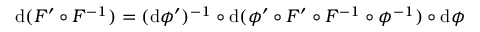
\mathrm { d } ( F ^ { \prime } \circ F ^ { - 1 } ) = ( \mathrm { d } \phi ^ { \prime } ) ^ { - 1 } \circ \mathrm { d } ( \phi ^ { \prime } \circ F ^ { \prime } \circ F ^ { - 1 } \circ \phi ^ { - 1 } ) \circ \mathrm { d } \phi